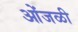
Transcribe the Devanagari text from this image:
ओंजळी